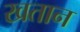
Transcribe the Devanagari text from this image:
खतान